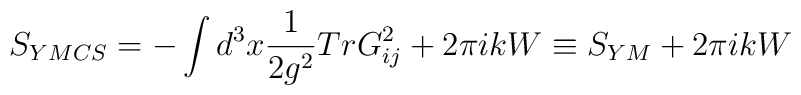
S_{YMCS} = -\int d^3x\frac{1}{2g^2} Tr G_{ij}^2 +2\pi ikW \equiv S_{YM} + 2\pi ikW